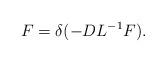
LaTeX: \begin{align*}F=\delta(-D L^{-1} F).\end{align*}